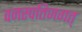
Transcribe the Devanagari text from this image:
वनस्पतिजगत्